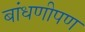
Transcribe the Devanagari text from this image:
बांधणीपण